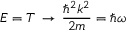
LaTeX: E = T \, \rightarrow \, { \frac { \hbar ^ { 2 } k ^ { 2 } } { 2 m } } = \hbar \omega